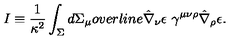
I \equiv \frac { 1 } { \kappa ^ { 2 } } \int _ { \Sigma } d \Sigma _ { \mu } o v e r l i n e { \hat { \nabla } _ { \nu } \epsilon } \ \gamma ^ { \mu \nu \rho } \hat { \nabla } _ { \rho } \epsilon .